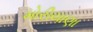
મોરીયાણા